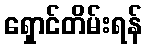
ရှောင်တိမ်းရန်